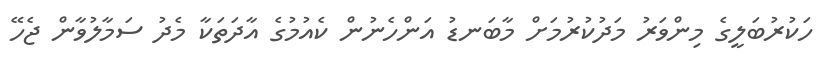
ހަކުރުބަލީގެ މިންވަރު މަދުކުރުމަށް މާބަނޑު އަންހެނުން ކެއުމުގެ އާދަތަކާ މެދު ސަމާލުވާން ޖެހޭ